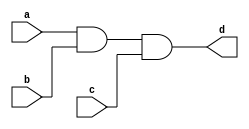
`timescale 1ns / 1ps
//////////////////////////////////////////////////////////////////////////////////
// Company: 
// Engineer: 
// 
// Design Name: 
// Module Name: and_gate_3
// Project Name: 
// Target Devices: 
// Tool Versions: 
// Description: 
// 
// Dependencies: 
// 
// Revision:
// Revision 0.01 - File Created
// Additional Comments:
// 
//////////////////////////////////////////////////////////////////////////////////


module and_gate_3 #(parameter WIDTH=3)(
    input [(WIDTH-1):0] a,
    input [(WIDTH-1):0] b,
    input [(WIDTH-1):0] c,
    output [(WIDTH-1):0] d
    );
    assign d = a & b & c; //and_gate
endmodule